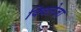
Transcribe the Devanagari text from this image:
क्विलेजा